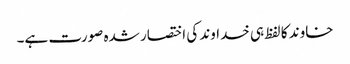
خاوند کا لفظ ہی خداوند کی اختصار شدہ صورت ہے۔